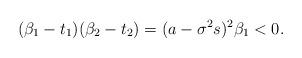
LaTeX: \begin{align*}(\beta_1 - t_1)(\beta_2 - t_2) = (a-\sigma^2 s)^2 \beta_1 < 0.\end{align*}